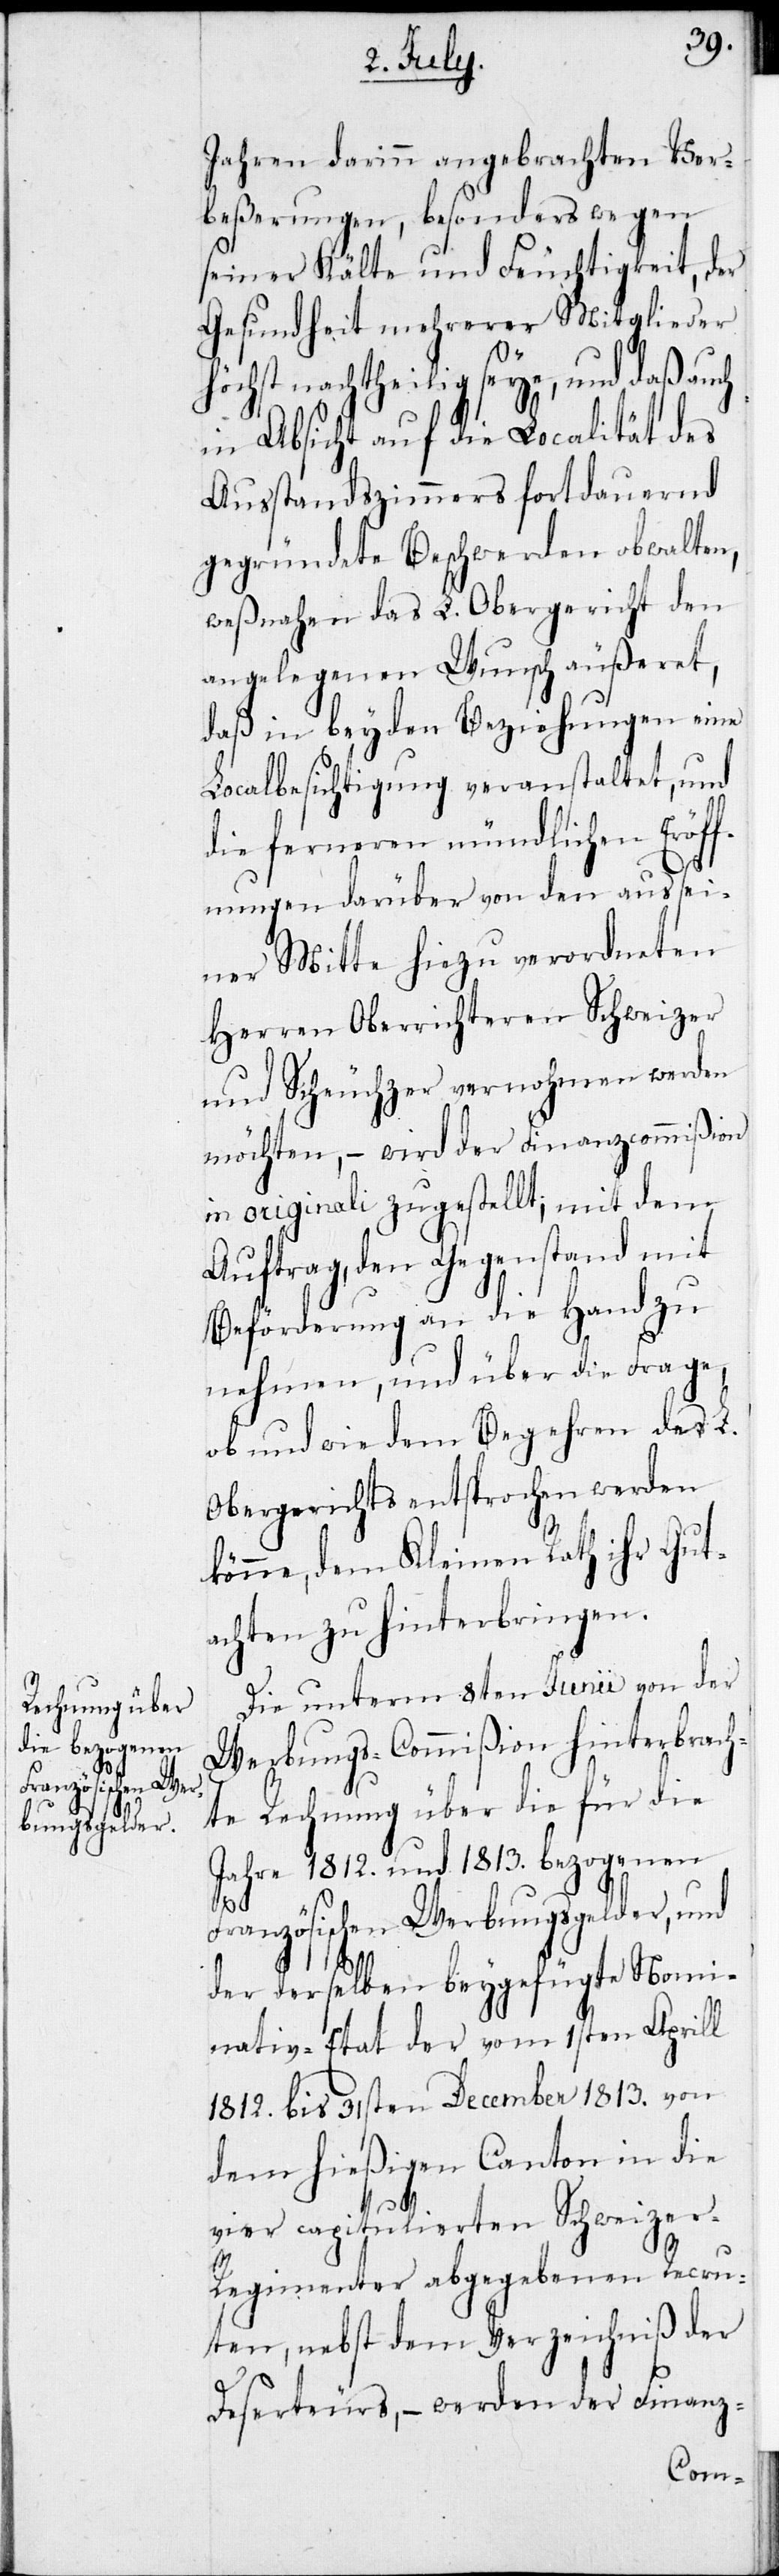
Jahren darinn angebrachten Ver¬
beßerungen, besonders wegen
seiner Kälte und Feuchtigkeit, der
Gesundheit mehrerer Mitglieder
höchst nachtheilig seye, und daß auch
in Absicht auf die Localität des
Ausstandszimmers fortdauernd
gegründete Beschwerden obwalten,
weßnahen das L. Obergericht den
angelegenen Wunsch äußeret,
daß in beyden Beziehungen eine
Localbesichtigung veranstaltet, und
die ferneren mündlichen Eröff¬
nungen darüber von den aus sei¬
ner Mitte hiezu verordneten
Herren Oberrichteren Schweizer
und Scheuchzer vernohmen werden
möchten, – wird der Finanzcommißion
in originali zugestellt; mit dem
Auftrag, den Gegenstand mit
Beförderung an die Hand zu
nehmen, und über die Frage,
ob und wie dem Begehren des L.
Obergerichts entsprochen werden
könne, dem Kleinen Rath ihr Gut¬
achten zu hinterbringen.
Die unterm 8ten Junii von der
Werbungs-Commißion hinterbrach¬
te Rechnung über die für die
Jahre 1812. und 1813. bezogenen
Französischen Werbungsgelder, und
der derselben beygefügte Nomi¬
nativ-Etat der vom 1sten Aprill
1812. bis 31sten Dezember 1813. von
dem hießigen Canton in die
vier capitulierten Schweizer-R¬
egimenter abgegebenen Recru¬
ten, nebst dem Verzeichniß der
Deserteurs, – werden der Finanz-